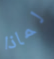
لماذا